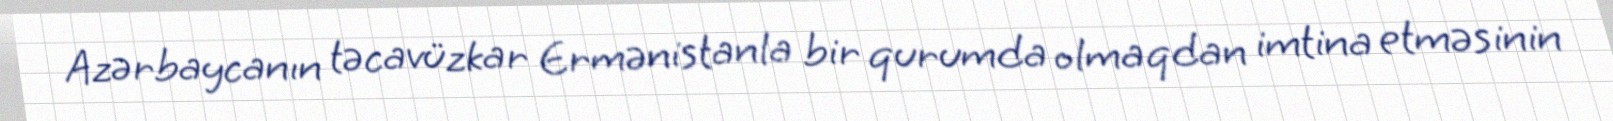
Azərbaycanın təcavüzkar Ermənistanla bir qurumda olmaqdan imtina etməsinin